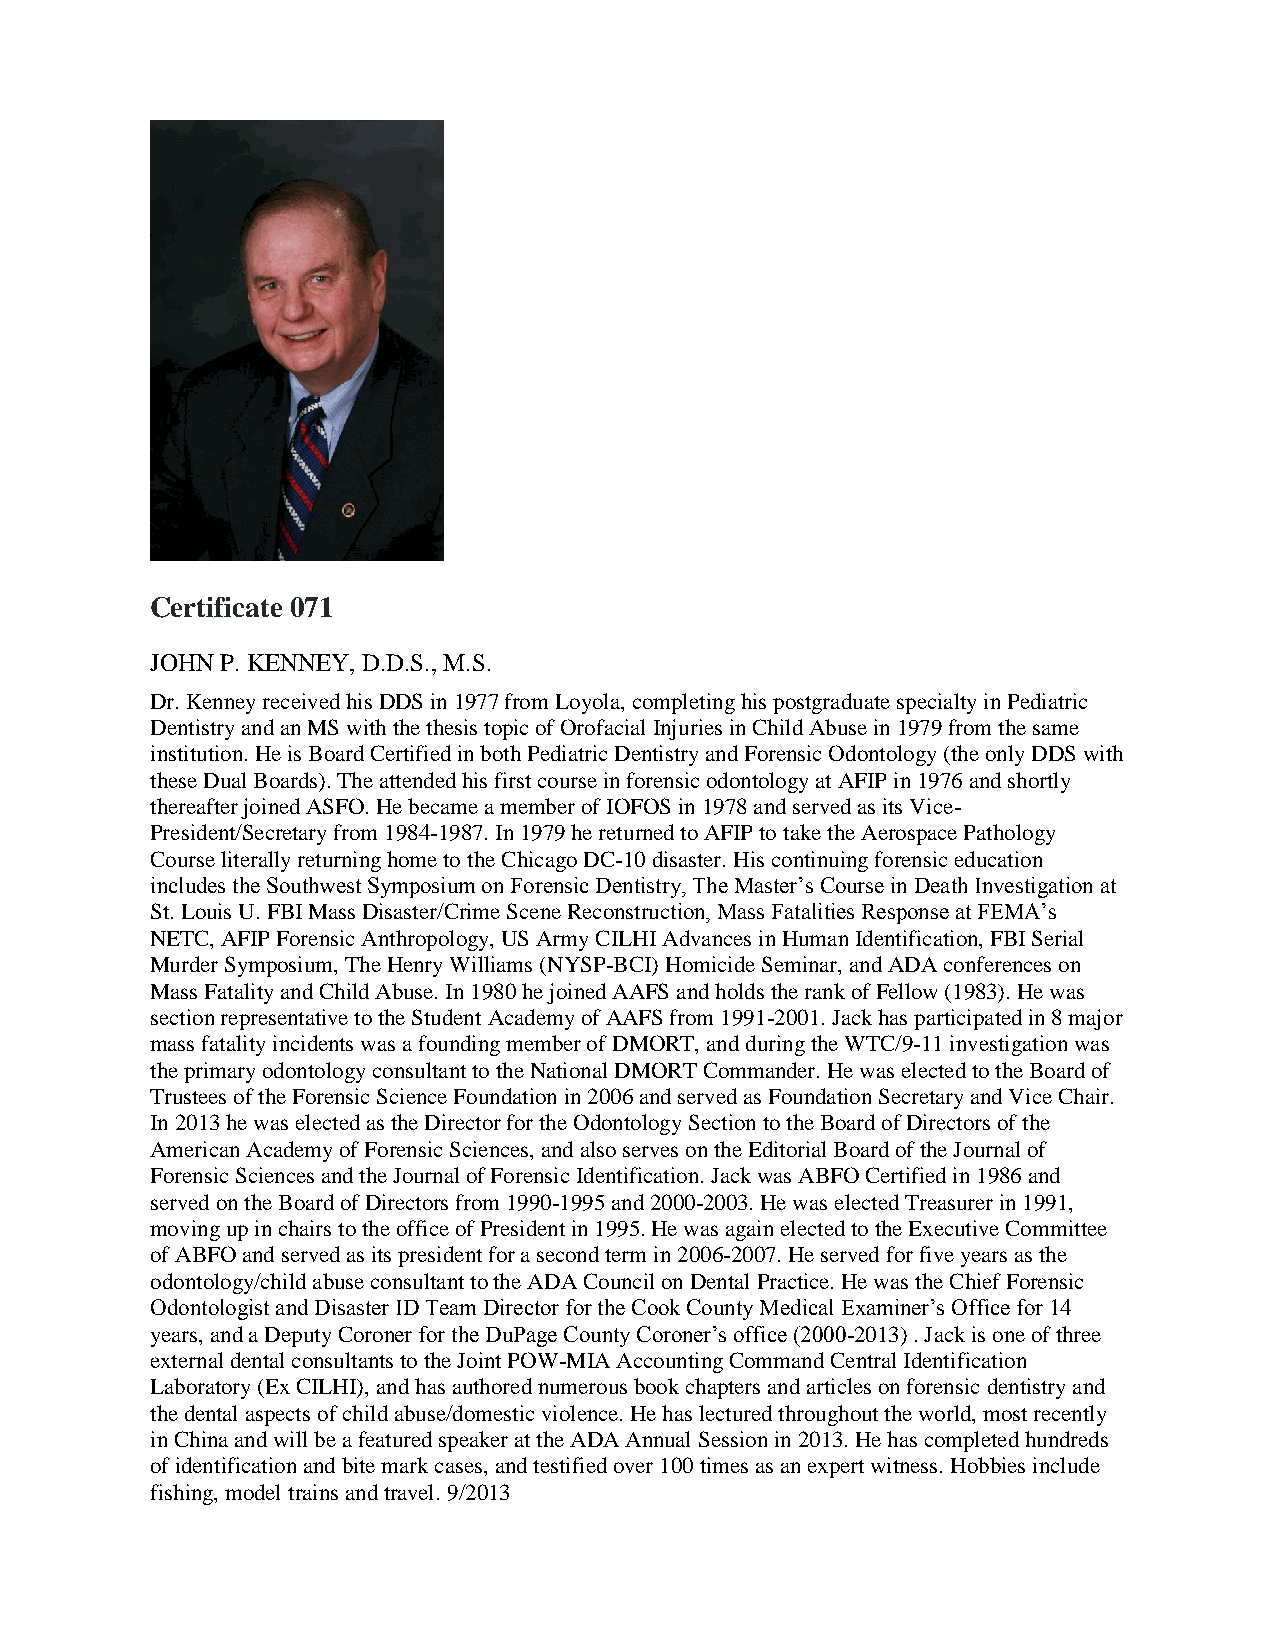
Certificate 071
 JOHN P. KENNEY, D.D.S., M.S.
 Dr. Kenney received his DDS in 1977 from Loyola, completing his postgraduate specialty in Pediatric
 Dentistry and an MS with the thesis topic of Orofacial Injuries in Child Abuse in 1979 from the same
 institution. He is Board Certified in both Pediatric Dentistry and Forensic Odontology (the only DDS with
 these Dual Boards). The attended his first course in forensic odontology at AFIP in 1976 and shortly
 thereafter joined ASFO. He became a member of IOFOS in 1978 and served as its Vice-
 President/Secretary from 1984-1987. In 1979 he returned to AFIP to take the Aerospace Pathology
 Course literally returning home to the Chicago DC-10 disaster. His continuing forensic education
 includes the Southwest Symposium on Forensic Dentistry, The Master’s Course in Death Investigation at
 St. Louis U. FBI Mass Disaster/Crime Scene Reconstruction, Mass Fatalities Response at FEMA’s
 NETC, AFIP Forensic Anthropology, US Army CILHI Advances in Human Identification, FBI Serial
 Murder Symposium, The Henry Williams (NYSP-BCI) Homicide Seminar, and ADA conferences on
 Mass Fatality and Child Abuse. In 1980 he joined AAFS and holds the rank of Fellow (1983). He was
 section representative to the Student Academy of AAFS from 1991-2001. Jack has participated in 8 major
 mass fatality incidents was a founding member of DMORT, and during the WTC/9-11 investigation was
 the primary odontology consultant to the National DMORT Commander. He was elected to the Board of
 Trustees of the Forensic Science Foundation in 2006 and served as Foundation Secretary and Vice Chair.
 In 2013 he was elected as the Director for the Odontology Section to the Board of Directors of the
 American Academy of Forensic Sciences, and also serves on the Editorial Board of the Journal of
 Forensic Sciences and the Journal of Forensic Identification. Jack was ABFO Certified in 1986 and
 served on the Board of Directors from 1990-1995 and 2000-2003. He was elected Treasurer in 1991,
 moving up in chairs to the office of President in 1995. He was again elected to the Executive Committee
 of ABFO and served as its president for a second term in 2006-2007. He served for five years as the
 odontology/child abuse consultant to the ADA Council on Dental Practice. He was the Chief Forensic
 Odontologist and Disaster ID Team Director for the Cook County Medical Examiner’s Office for 14
 years, and a Deputy Coroner for the DuPage County Coroner’s office (2000-2013) . Jack is one of three
 external dental consultants to the Joint POW-MIA Accounting Command Central Identification
 Laboratory (Ex CILHI), and has authored numerous book chapters and articles on forensic dentistry and
 the dental aspects of child abuse/domestic violence. He has lectured throughout the world, most recently
 in China and will be a featured speaker at the ADA Annual Session in 2013. He has completed hundreds
 of identification and bite mark cases, and testified over 100 times as an expert witness. Hobbies include
 fishing, model trains and travel. 9/2013